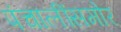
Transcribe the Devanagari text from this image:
पंचालींसमोर